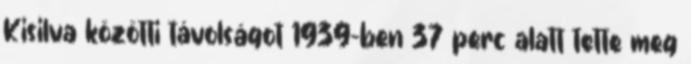
Kisilva közötti távolságot 1939-ben 37 perc alatt tette meg